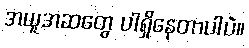
အယူအဆတွေ ပါရှိနေတာပါပဲ။